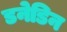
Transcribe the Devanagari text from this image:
डनेडिन